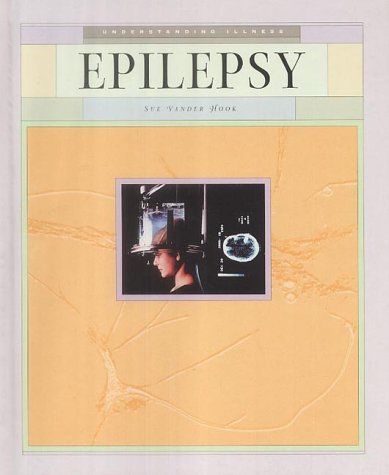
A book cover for Epilepsy (Understanding Illness); Sue Vander Hook; Health, Fitness & Dieting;